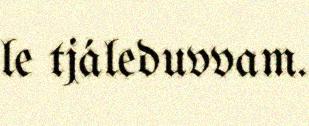
le tjáleduvvam.